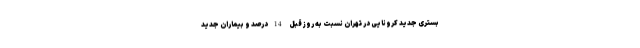
بستری جدید کرونایی در تهران نسبت به روز قبل 14درصد و بیماران جدید